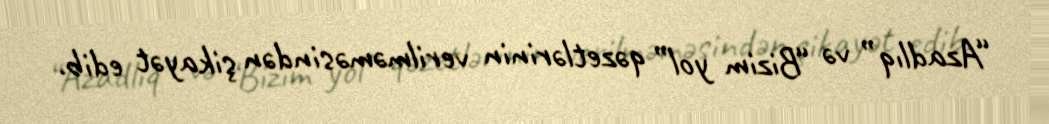
“Azadlıq” və “Bizim yol” qəzetlərinin verilməməsindən şikayət edib.